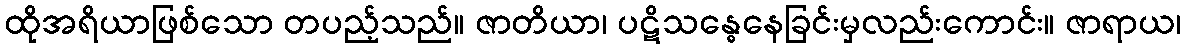
ထိုအရိယာဖြစ်သော တပည့်သည်။ ဇာတိယာ၊ ပဋိသန္ဓေနေခြင်းမှလည်းကောင်း။ ဇာရာယ၊